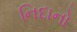
નિદાનો